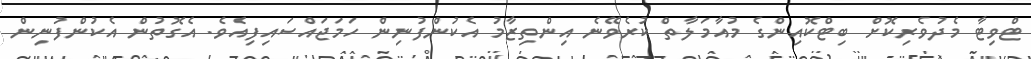
ޓްވިޓާ މެދުވެރިކޮށް ބިޓްކޮއިންގެ މުއާމަލާތް ކުރެވޭނެ އިންތިޒާމު އެކުންފުނިން ހަމަޖައްސައިފިއެވެ. އެގޮތުން އެކުންފުނިން